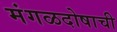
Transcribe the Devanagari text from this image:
मंगळदोषाची